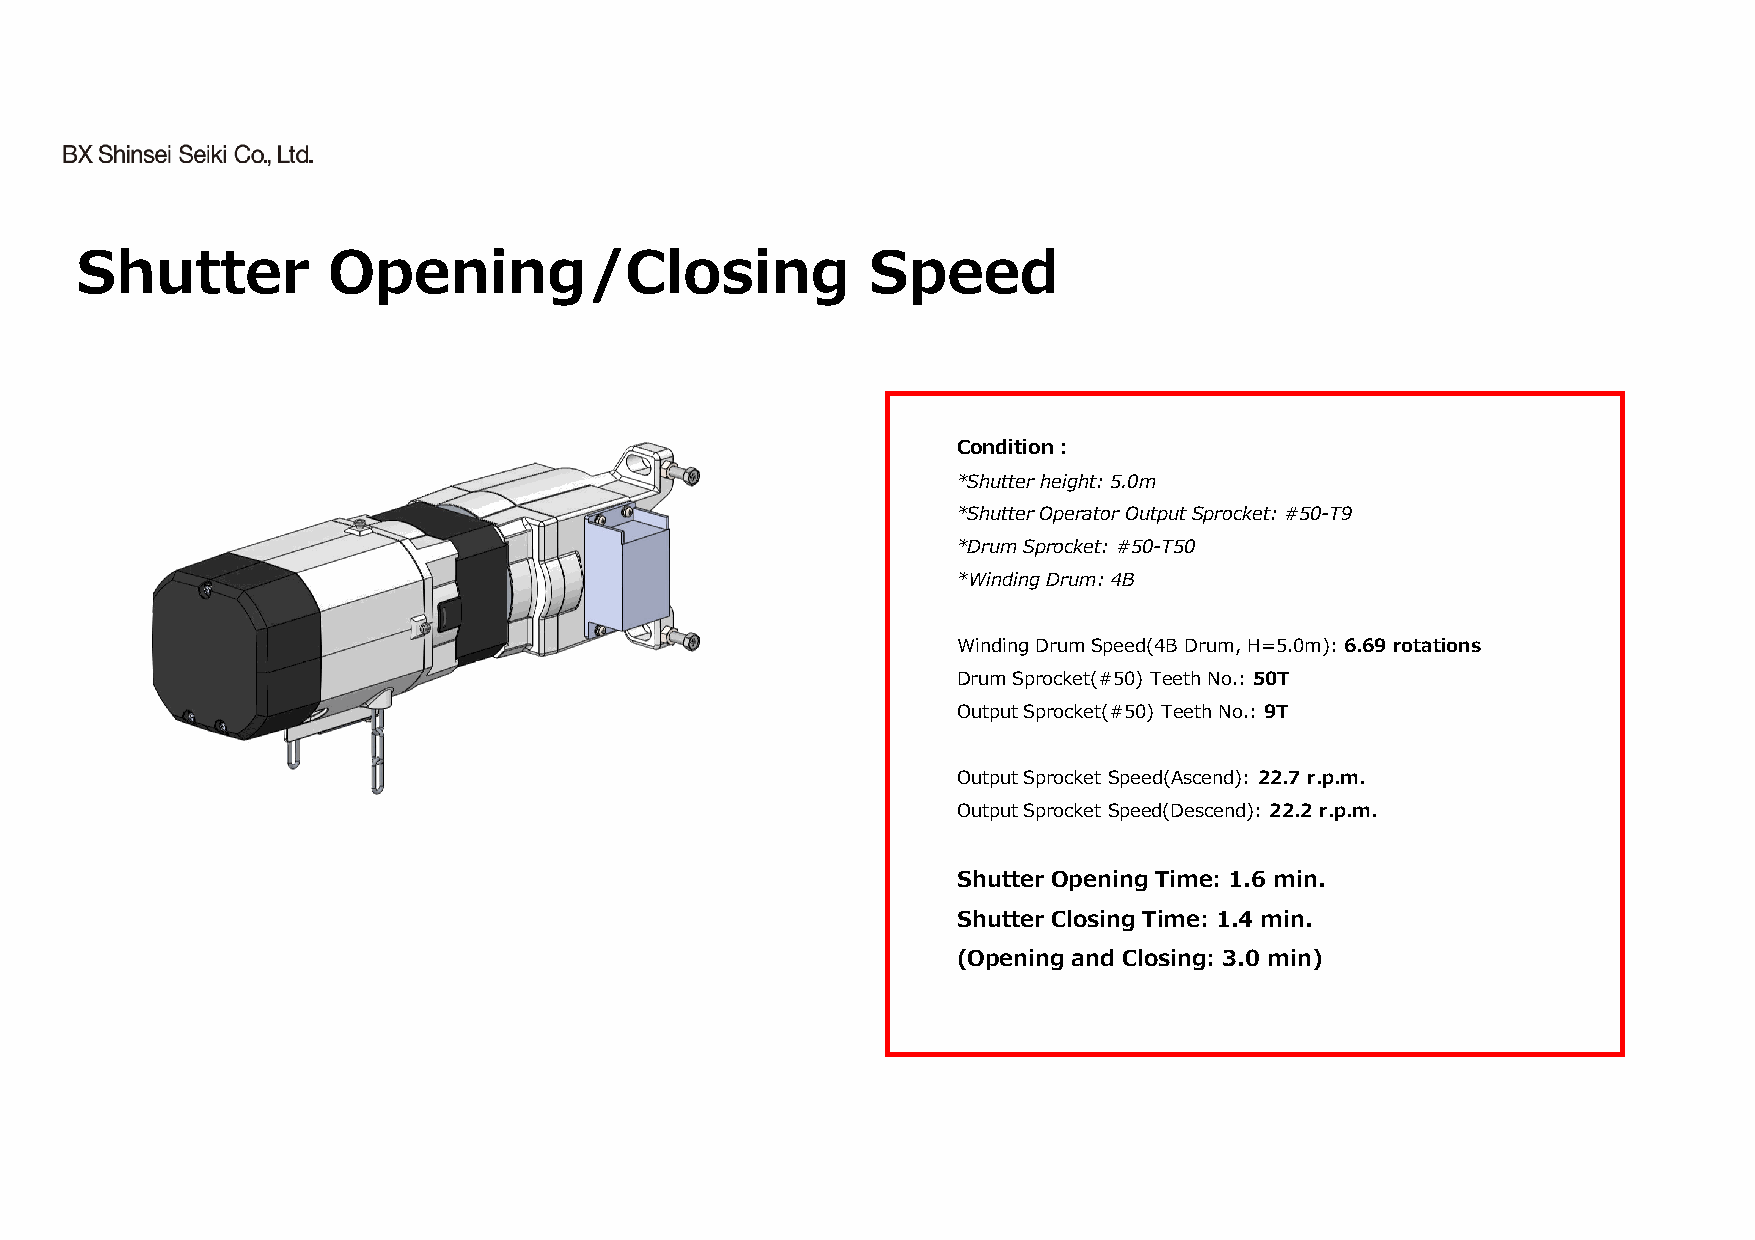
Shutter          Opening/Closing                    Speed
 Condition︓
 *Shutter height: 5.0m
 *Shutter Operator Output Sprocket: #50-T9
 *Drum Sprocket: #50-T50
 *Winding Drum: 4B
 Winding Drum Speed(4B Drum, H=5.0m): 6.69 rotations
 Drum Sprocket(#50) Teeth No.: 50T
 Output Sprocket(#50) Teeth No.: 9T
 Output Sprocket Speed(Ascend): 22.7 r.p.m.
 Output Sprocket Speed(Descend): 22.2 r.p.m.
 Shutter Opening Time: 1.6 min.
 Shutter Closing Time: 1.4 min.
 (Opening and Closing: 3.0 min)